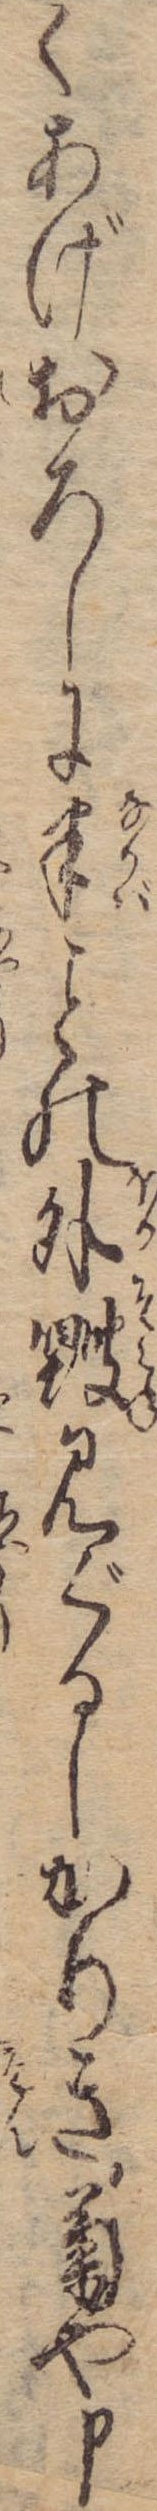
くあげおろしに半の外毀見ぐるしかりき菊や申